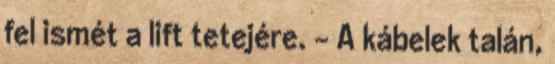
fel ismét a lift tetejére. - A kábelek talán,